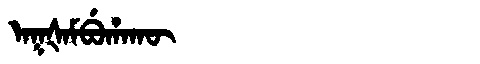
Manchu: ᠠᡴᡧᠠᠮᠪᡠᡥᠠᡴᡡ
Romanization: AKŠAMBUHAKŪ